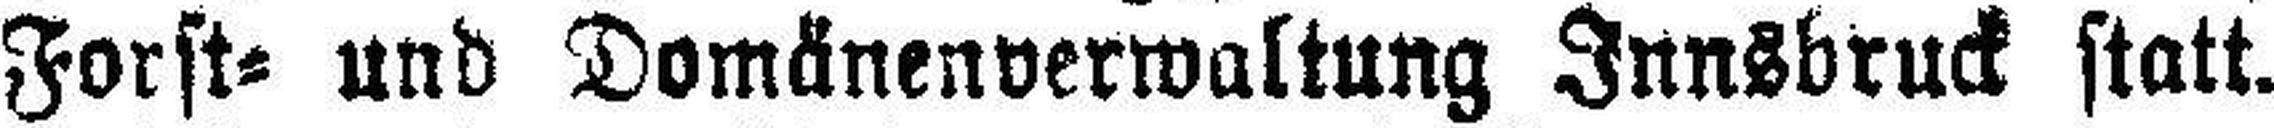
Forst= und Domänenverwaltung Innsbruck statt.